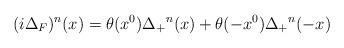
LaTeX: \begin{align*}(i\Delta_{F})^{n}(x)=\theta(x^{0}){\Delta_{+}}^{n}(x) +\theta(-x^{0}){\Delta_{+}}^{n}(-x)\end{align*}